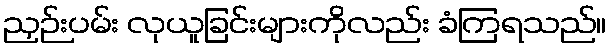
ညှဉ်းပမ်း လုယူခြင်းများကိုလည်း ခံကြရသည်။